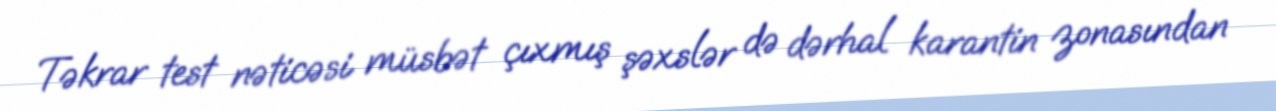
Təkrar test nəticəsi müsbət çıxmış şəxslər də dərhal karantin zonasından